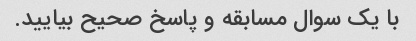
با یک سوال مسابقه و پاسخ صحیح بیایید.